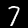
Digit: 7